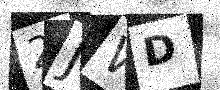
Text: 2JWD